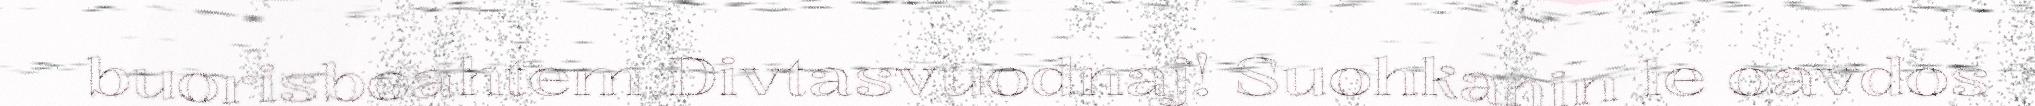
buorisboahtem Divtasvuodnaj! Suohkanin le oavdos